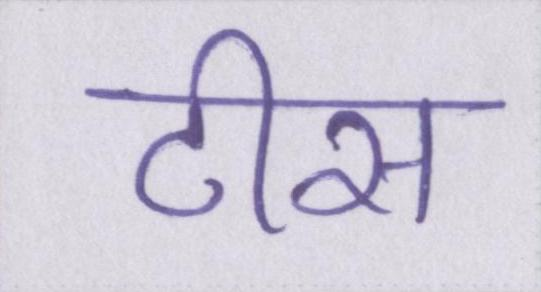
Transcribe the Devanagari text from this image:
टीस